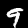
Label: 9